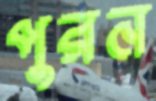
পুরন